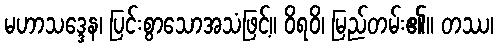
မဟာသဒ္ဒေန၊ ပြင်းစွာသောအသံဖြင့်။ ဝိရဝိ၊ မြည်တမ်း၏။ တဿ၊